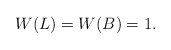
\begin{align*}W(L)=W(B)=1.\end{align*}